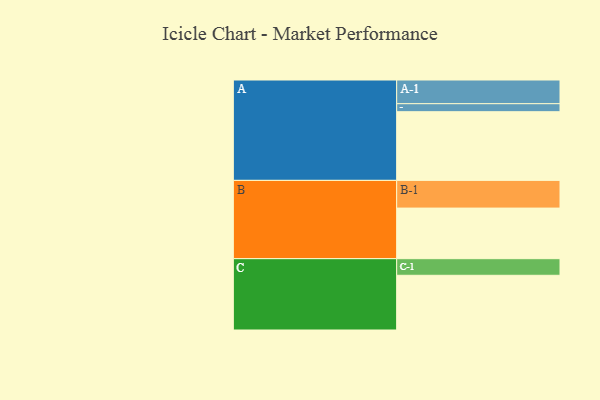
{"axis": {"x": "Segment", "y": "Value"}, "legend": ["", "A", "B", "C"], "data": [{"x": "A", "y": 600, "type": ""}, {"x": "B", "y": 442, "type": ""}, {"x": "C", "y": 478, "type": ""}, {"x": "A-1", "y": 207, "type": "A"}, {"x": "A-2", "y": 70, "type": "A"}, {"x": "B-1", "y": 242, "type": "B"}, {"x": "C-1", "y": 145, "type": "C"}]}